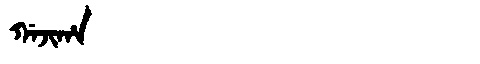
Manchu: ᡤᠠᠵᡳᡥᠠ
Romanization: GAJIHA